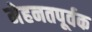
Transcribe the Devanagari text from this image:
मेहनतपूर्वक